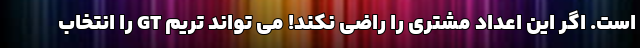
است. اگر این اعداد مشتری را راضی نکند! می تواند تریم GT را انتخاب